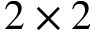
2 \times 2